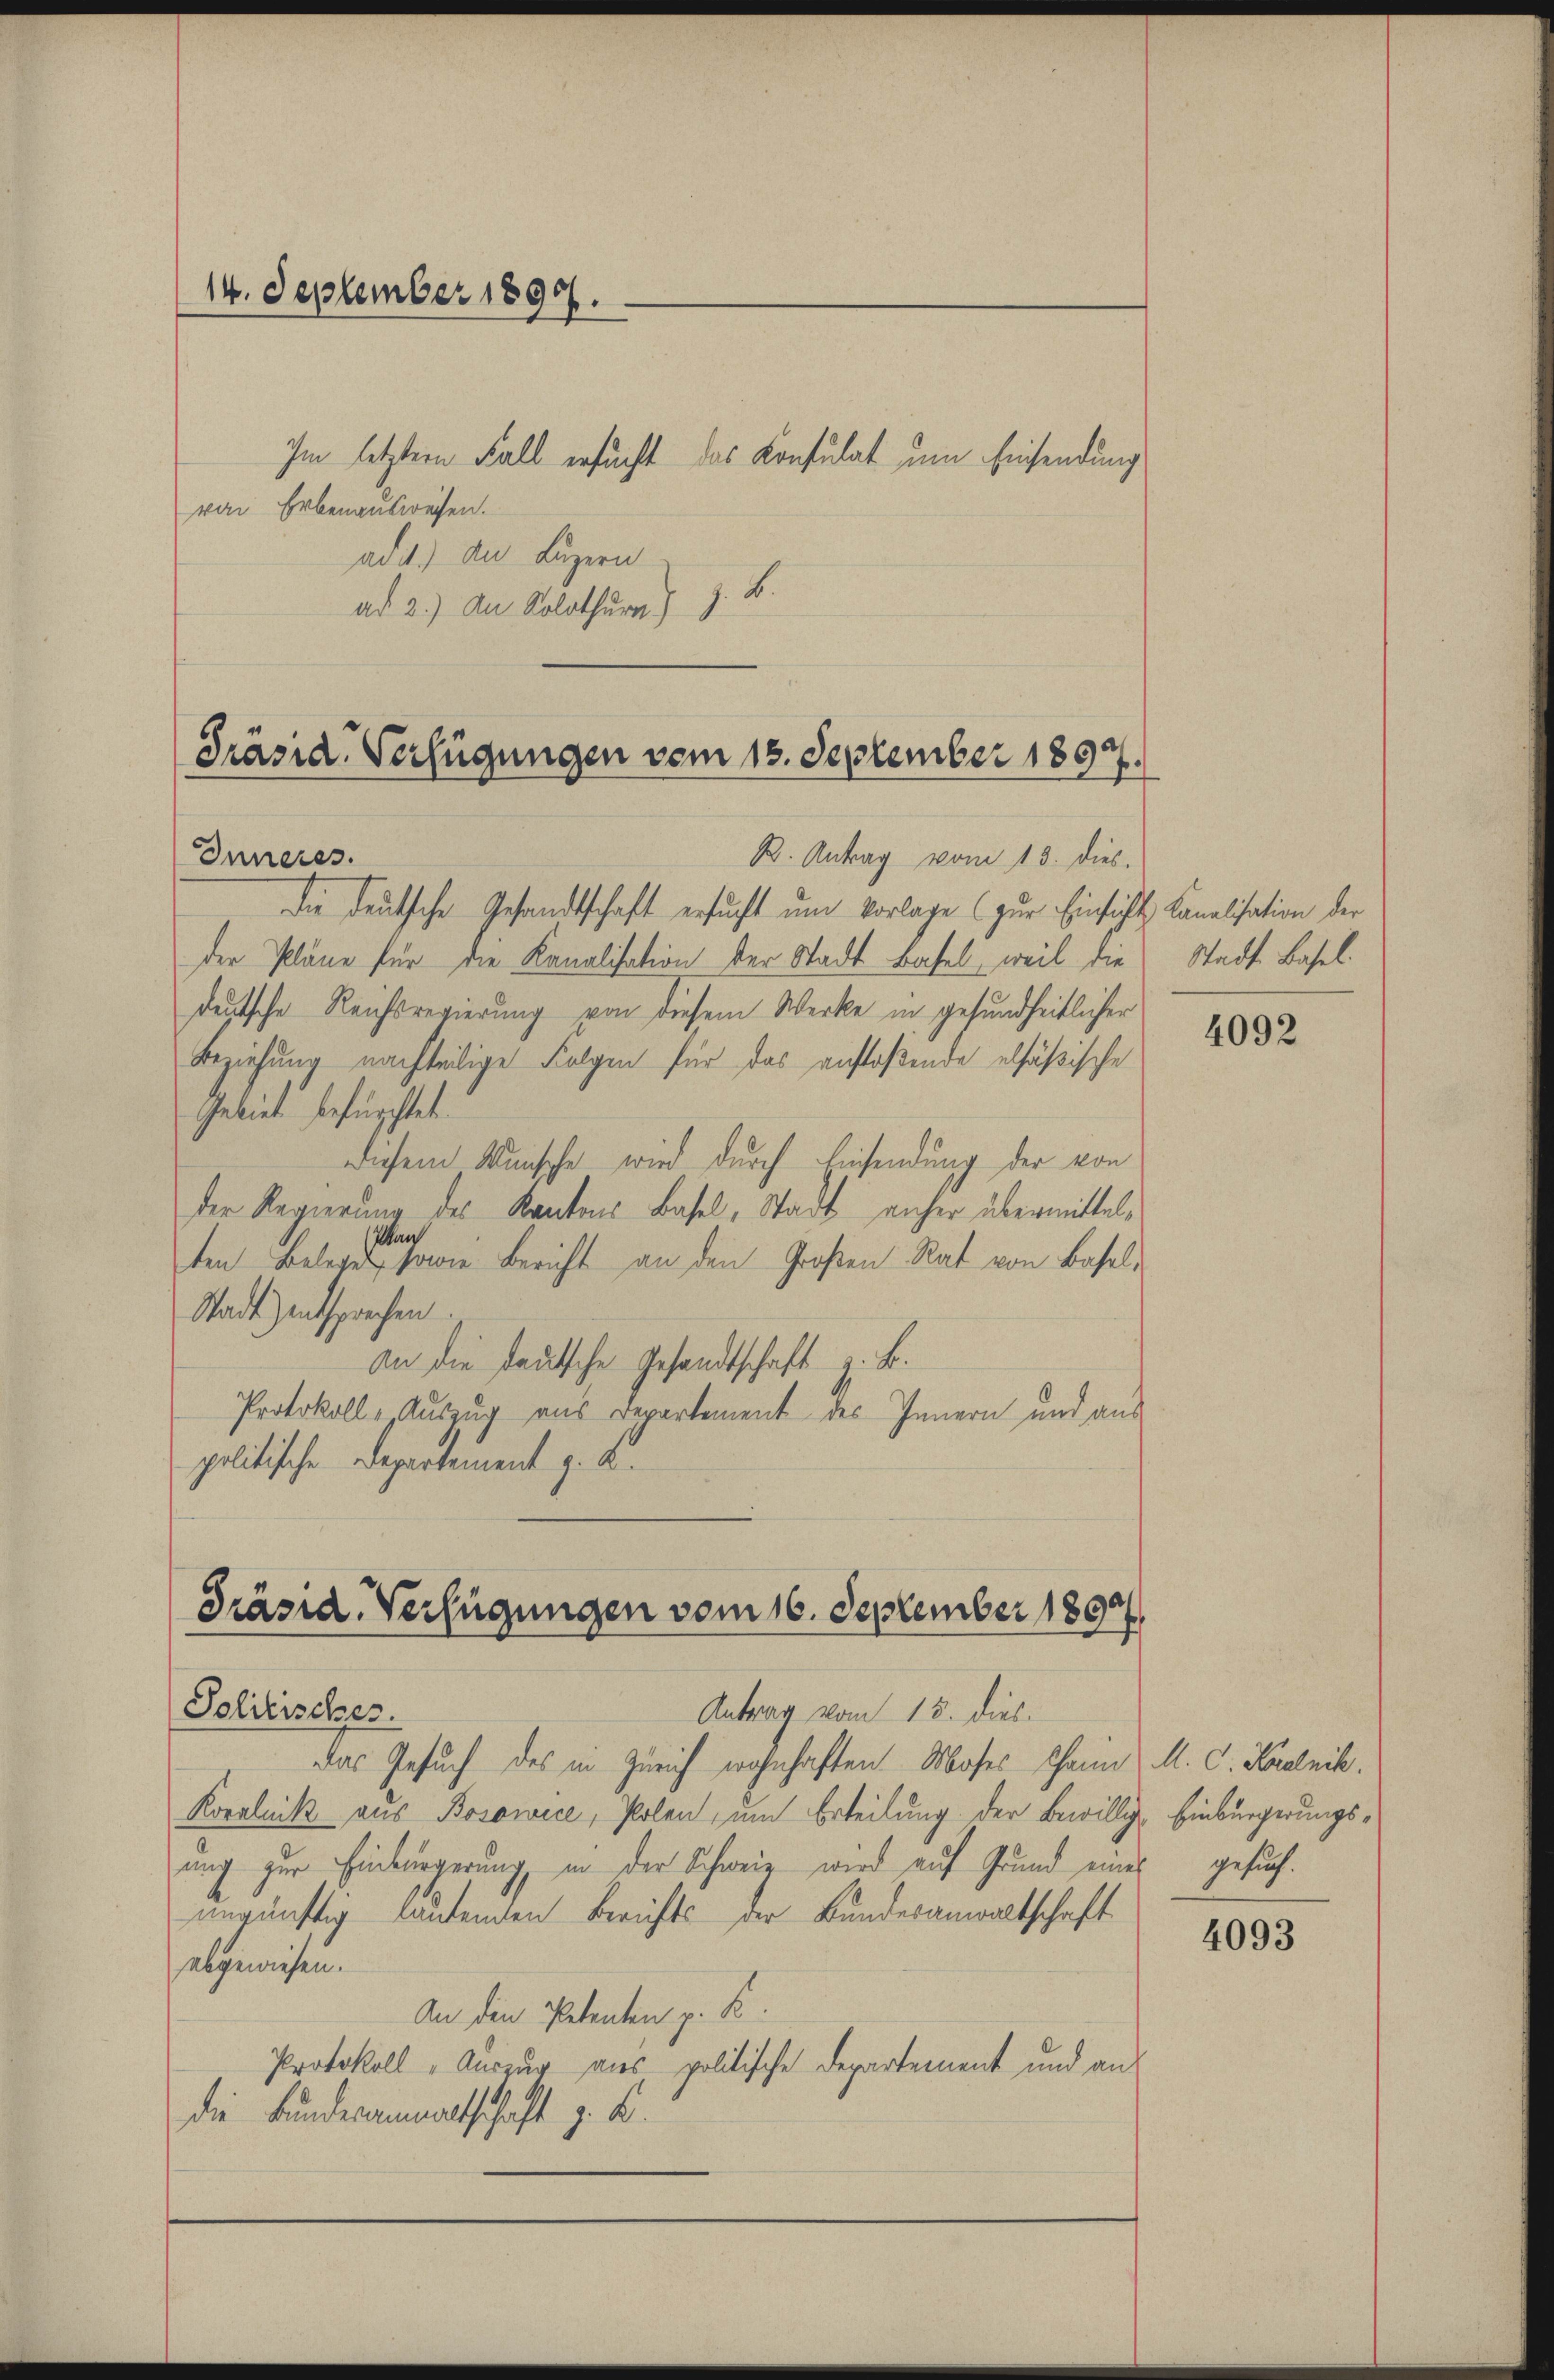
die deutsche Gesandtschaft ersucht ŭm Vorlage (zur Einsichts Kanalisation der
der Pläne für die Kanalisation der Stadt Basel, weil die
deutsche Reichsregierung von diesem Werke in gesundheitlicher
Beziehung nachteilige Folgen für das anstoßende elfäßische
Gebiet befürchtet.
diesem Wunsche wird durch Einsendung der von
Der Regierung des Kantons Basel, Stadt anher übermittel¬
Man
ten Belegen, sowie Bericht an den Großen Rat von Basel¬
Stadt) entsprechen.
an die fautsche Gesandtschaft z. B.
Protokoll-Auszug aus Departement des Innern und aus
politische Departement z. B.

14. September 1890.
von Erbenausweisen.
adit.) An Luzern

ad 2.) An Solothur) z. B.

Im letztem Fall ersucht das Konsulat um Einsendung

Präsid. Verfügungen vom 13. September 1897.
R. Antrag vom 13. dies.
Inneres.

Präsid. Verfügungen vom 16. September 1890.
Politisches.
Antrag vom 15. dies

das Gesuch des in Zürich wohnhaften Moses Chain M. C. Karlnik.
Koralnik aus Bosowice, Polen, um Erteilung der Bewillige Einbürgerungsung zur Einbürgerung, in der Schweiz wird auf Grund eines gesuch.
ungünstig lautenden Berichts der Bundesanwaltschaft
abgewiesen.
An den Petenten z. B.
Protokoll - Auszug aus politische Departement und ans
die Bundeammatschaft z. K.

Stadt Basel.

4092

4093